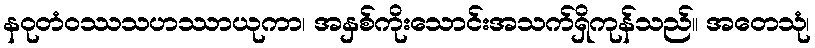
နဝုတံဝဿသဟဿာယုကာ၊ အနှစ်ကိုးသောင်းအသက်ရှိကုန်သည်။ အတေသုံ၊